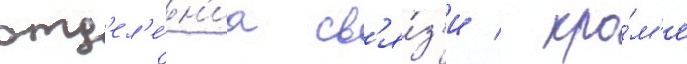
отд'ел'е́н'иа св'я́з'и / кро́м'е